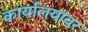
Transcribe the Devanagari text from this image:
कार्यालयांवर